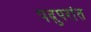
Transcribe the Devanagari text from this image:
पदुपरांत